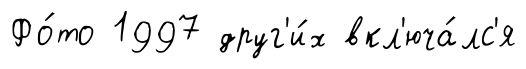
Фо́то 1997 друг'и́х вкл'юча́лс'я